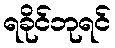
ရခိုင်ဘုရင်